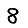
Digit: 8